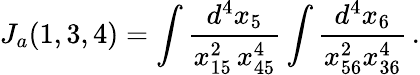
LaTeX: J_{a}(1,3,4)=\int\frac{d^{4}x_{5}}{x_{15}^{2}\, x_{45}^{4}}\int\frac{d^{4}x_{6}}{x_{56}^{2}x_{36}^{4}}\, .